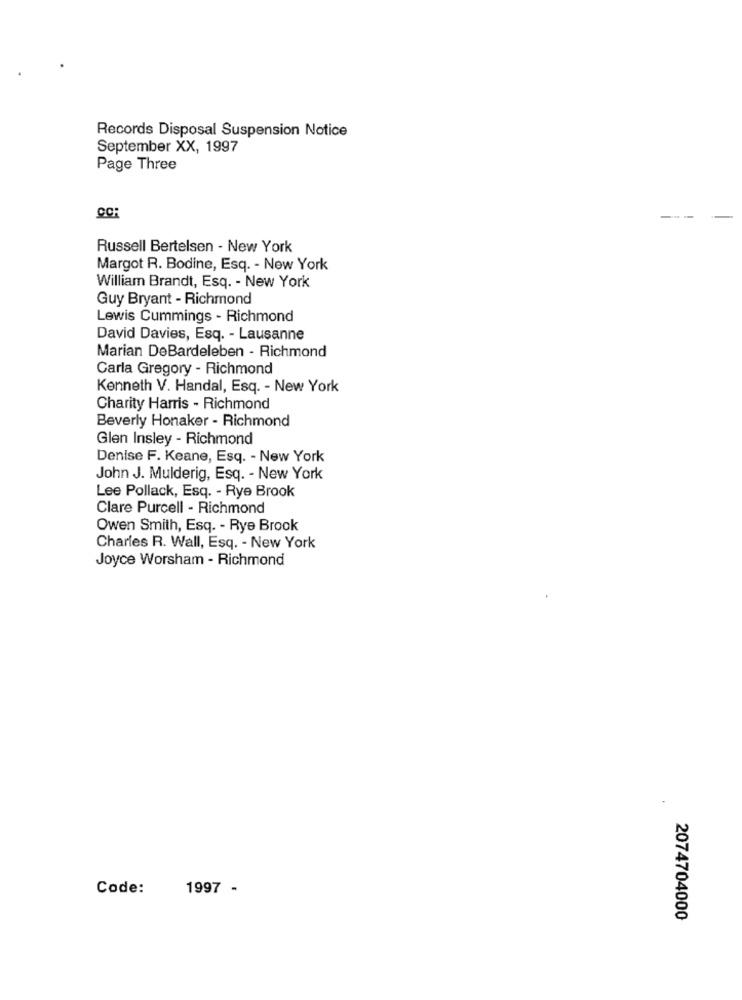
Records Disposal Suspension Notice
September XX, 1997
Page Three
CC
Russell Bertelsen - New York
Margot R. Bodine, Esq. - New York
William Brandt, Esq. - New York
Guy Bryant - Richmond
Lewis Cummings - Richmond
David Davies, Esq. - Lausanne
Marian DeBardeleben - Richmond
Carla Gregory - Richmond
Kenneth V. Handal, Esq. - New York
Charity Harris - Richmond
Beverly Honaker - Richmond
Glen Insley - Richmond
Denise F. Keane, Esq. - New York
John J. Mulderig, Esq. - New York
Lee Pollack, Esq. - Rye Brook
Clare Purcell - Richmond
Owen Smith, Esq. - Rye Brook
Charles R. Wall, Esq. - New York
Joyce Worsham - Richmond
Code:
1997 -
2074704000